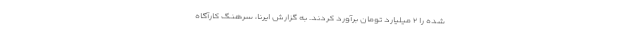
شده را ۲ میلیارد تومان برآورد کردند. به گزارش ایرنا، سرهنگ کارآگاه